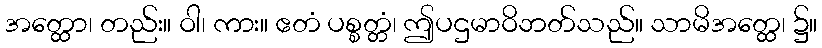
အတ္ထော၊ တည်း။ ဝါ၊ ကား။ ဧတံ ပစ္စတ္တံ၊ ဤပဌမာဝိဘတ်သည်။ သာမိအတ္ထေ၊ ၌။